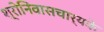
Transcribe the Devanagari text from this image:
श्रीनिवासचार्यके